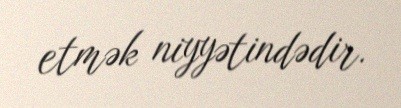
etmək niyyətindədir.